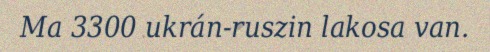
Ma 3300 ukrán-ruszin lakosa van.